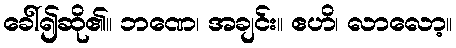
ခေါ်၍ဆို၏။ ဘဏေ၊ အချင်း။ ဧဟိ၊ လာလော့။